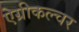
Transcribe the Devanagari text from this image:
ऐग्रीकल्चर